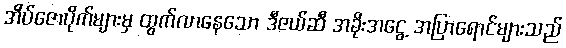
အိပ်ဇောပိုက်များမှ ထွက်လာနေသော ဒီဇယ်ဆီ အခိုးအငွေ့ အပြာရောင်များသည်